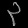
Digit: ၃